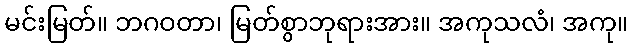
မင်းမြတ်။ ဘဂဝတာ၊ မြတ်စွာဘုရားအား။ အကုသလံ၊ အကု။